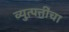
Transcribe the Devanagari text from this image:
व्युत्पत्तींचा